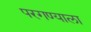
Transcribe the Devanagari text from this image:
परगण्याला